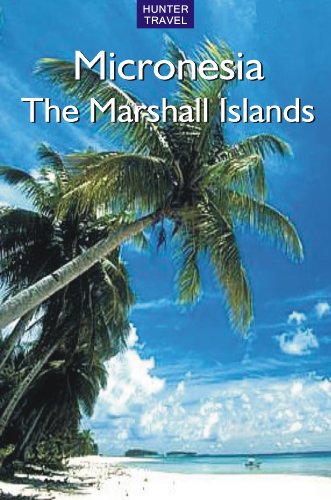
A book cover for Micronesia - The Marshall Islands (Travel Adventures); Thomas Booth; Travel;